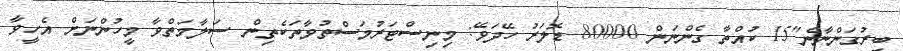
ބިރުގަންނާނެ"15 ކުއްތާ ގެންނަން 80000 ޑޮލަރު ހޭދަވޭ: މިނިސްޓަރުމަސްތުވާތަކެތިން ސަލާމަތްވާ މީހުންނަށް އެހީވާ